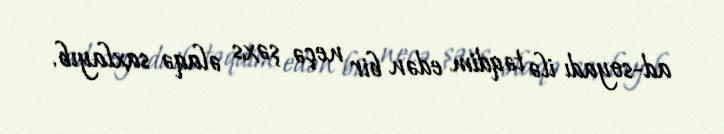
ad-soyadı ilə təqdim edən bir neçə şəxs əlaqə saxlayıb.